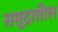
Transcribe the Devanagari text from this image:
समु्द्रातील